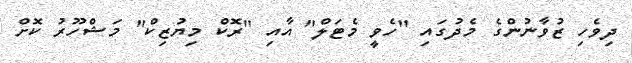
ދިވެހި ޒުވާނުންގެ މެދުގައި "ހެވީ މެޓަލް" އާއި "ރޮކް މިޔުޒިކް" މަޝްހޫރު ކޮށް